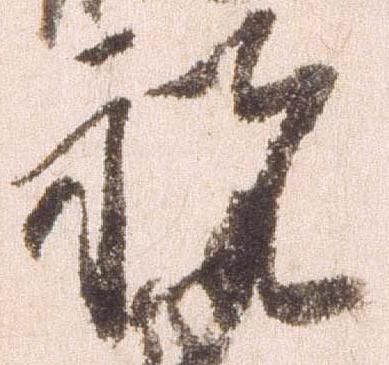
祝